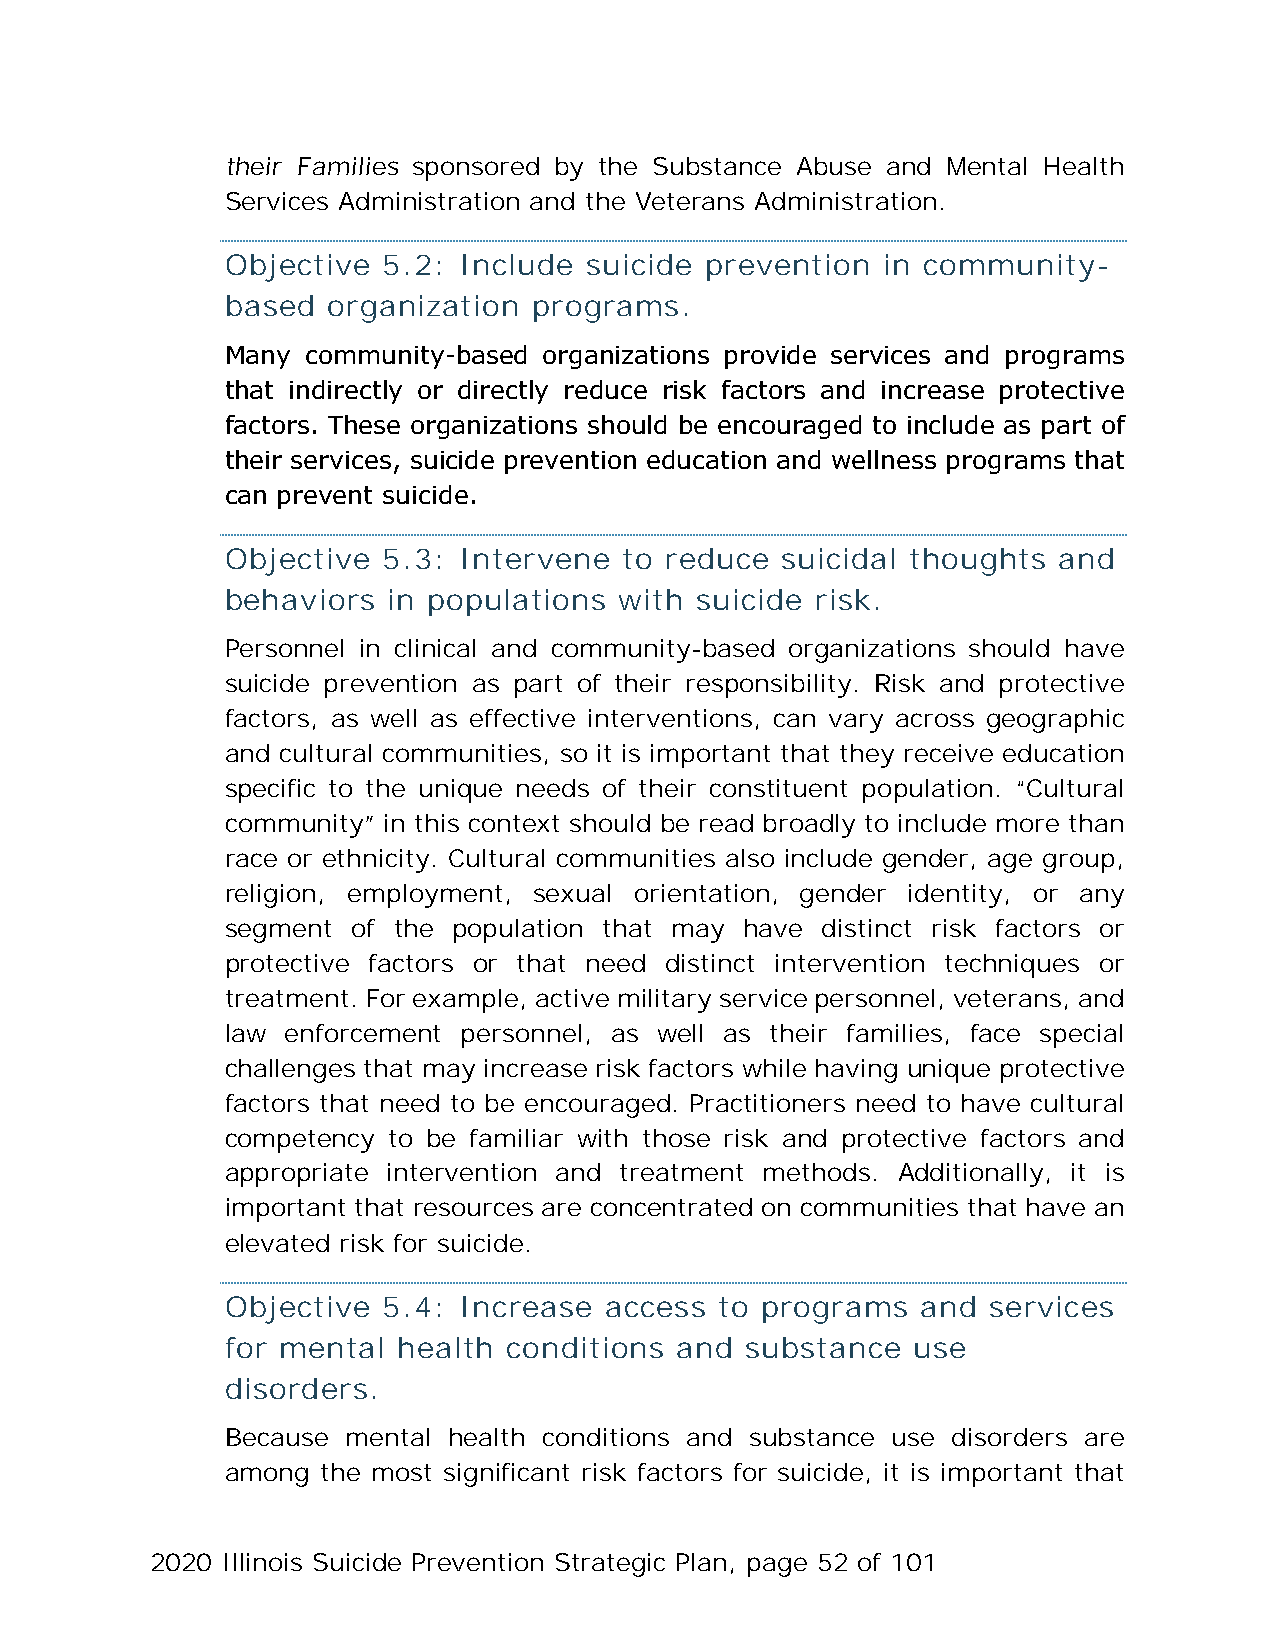
their Families sponsored by the Substance Abuse and Mental Health
 Services Administration and the Veterans Administration.
 Objective 5.2: Include  suicide prevention in community-
 based  organization programs.
 Many community-based organizations provide services and programs
 that indirectly or directly reduce risk factors and increase protective
 factors. These organizations should be encouraged to include as part of
 their services, suicide prevention education and wellness programs that
 can prevent suicide.
 Objective 5.3: Intervene  to reduce  suicidal thoughts and
 behaviors  in populations with suicide risk.
 Personnel in clinical and community-based organizations should have
 suicide prevention as part of their responsibility. Risk and protective
 factors, as well as effective interventions, can vary across geographic
 and cultural communities, so it is important that they receive education
 specific to the unique needs of their constituent population. “Cultural
 community” in this context should be read broadly to include more than
 race or ethnicity. Cultural communities also include gender, age group,
 religion, employment, sexual orientation, gender identity, or any
 segment of the population that may have distinct risk factors or
 protective factors or that need distinct intervention techniques or
 treatment. For example, active military service personnel, veterans, and
 law enforcement personnel, as well as their families, face special
 challenges that may increase risk factors while having unique protective
 factors that need to be encouraged. Practitioners need to have cultural
 competency to be familiar with those risk and protective factors and
 appropriate intervention and treatment methods. Additionally, it is
 important that resources are concentrated on communities that have an
 elevated risk for suicide.
 Objective 5.4: Increase  access  to programs  and services
 for mental health  conditions and substance  use
 disorders.
 Because mental health conditions and substance use disorders are
 among the most significant risk factors for suicide, it is important that
 2020 Illinois Suicide Prevention Strategic Plan, page 52 of 101